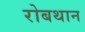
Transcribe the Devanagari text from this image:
रोबथान